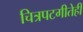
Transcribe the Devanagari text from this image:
चित्रपटगीतेही